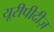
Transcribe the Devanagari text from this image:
यूरीपीदीज़